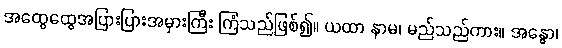
အထွေထွေအပြားပြားအမှားကြီး ကြံသည်ဖြစ်၍။ ယထာ နာမ၊ မည်သည်ကား။ အန္ဓော၊